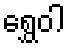
ရွှေဝါ